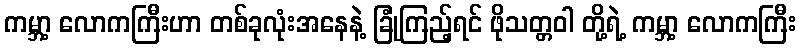
ကမ္ဘာ့ လောကကြီးဟာ တစ်ခုလုံးအနေနဲ့ ခြုံကြည့်ရင် ဖိုသတ္တဝါ တို့ရဲ့ ကမ္ဘာ့ လောကကြီး